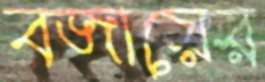
বজায়ের